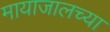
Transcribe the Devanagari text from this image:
मायाजालच्या